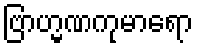
ဗြာဟ္မဏကုမာရော